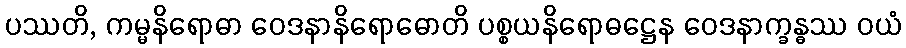
ပဿတိ, ကမ္မနိရောဓာ ဝေဒနာနိရောဓောတိ ပစ္စယနိရောဓဋ္ဌေန ဝေဒနာက္ခန္ဓဿ ဝယံ